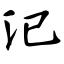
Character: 汜